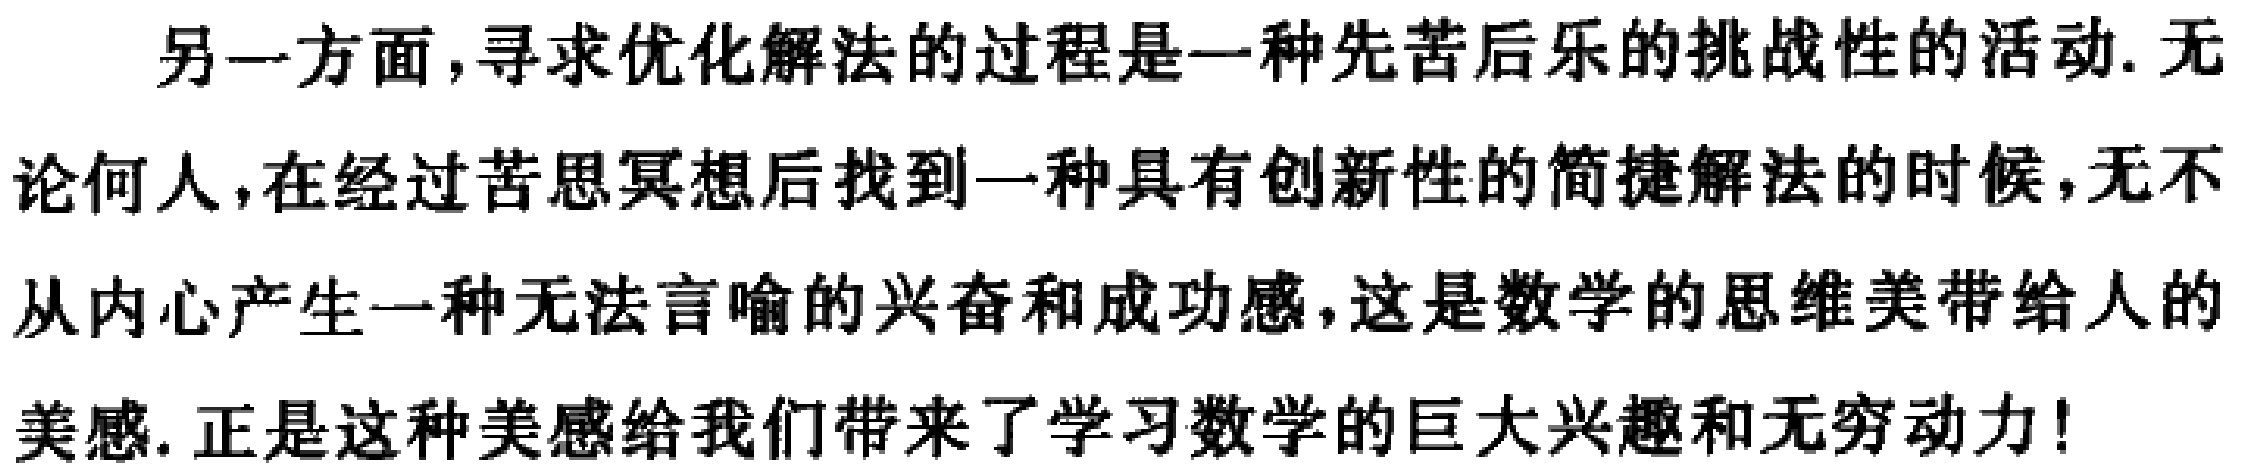
另一方面,寻求优化解法的过程是一种先苦后乐的挑战性的活动. 无论何人,在经过苦思冥想后找到一种具有创新性的简捷解法的时候,无不从内心产生一种无法言喻的兴奋和成功感,这是数学的思维美带给人的美感. 正是这种美感给我们带来了学习数学的巨大兴趣和无穷动力!